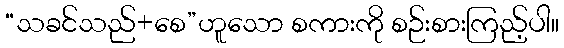
“သခင်သည်+စေ”ဟူသော စကားကို စဉ်းစားကြည့်ပါ။